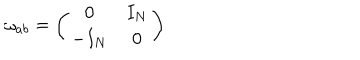
LaTeX: \omega _ { a b } = \left( \begin{array} { c c } { { 0 } } & { { I _ { N } } } \\ { { - I _ { N } } } & { { 0 } } \\ \end{array} \right)